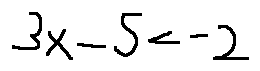
3 x - 5 < - 2